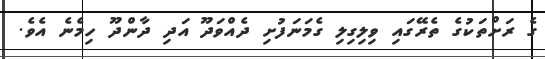
ގެ ރަށްތަކުގެ ތެރޭގައި ވިލިގިލި ގެމަނަފުށި ދެއްވަދޫ އަދި ދާންދޫ ހިމެނެ އެވެ.